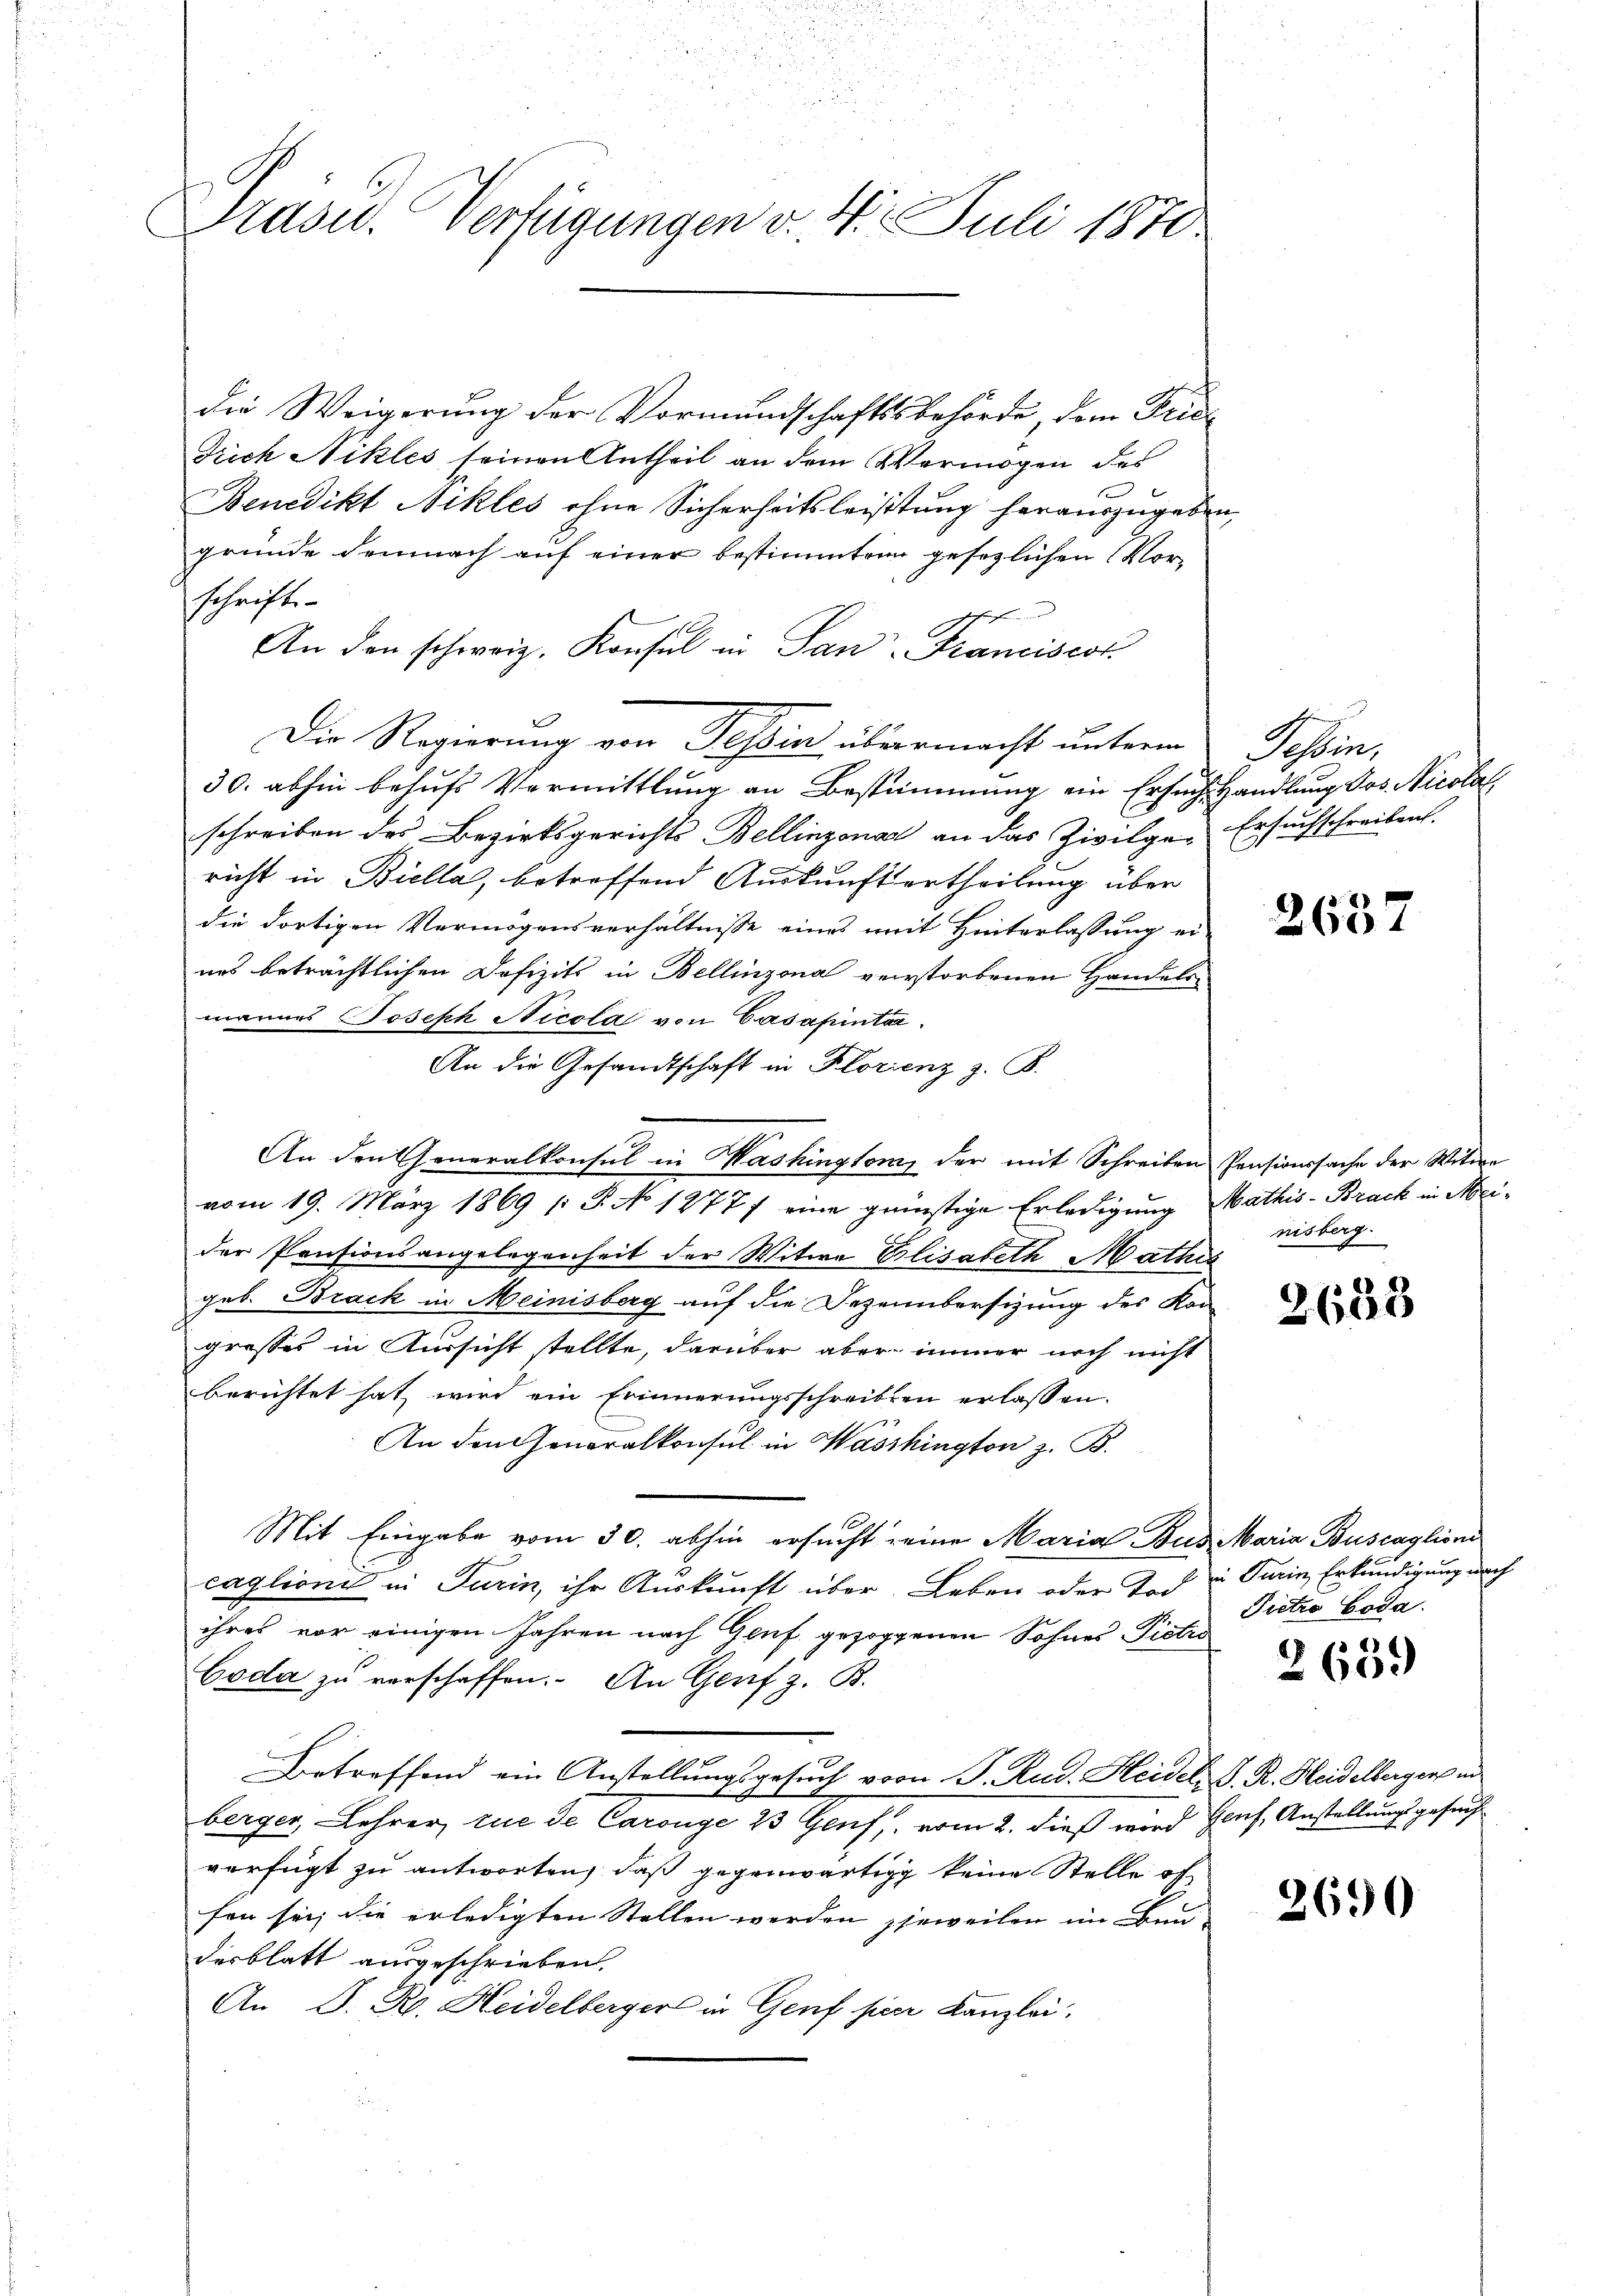
asu. Verfügungen v. 4. Juli 1870

die Weigerung der Vormundschaftsbehörde, dem Frida
Trich Nikles seinen Antheil an dem Vermögen des
Benedikt Nikles ohne Sicherheitsleistung herauszugeben,
gründe demnach auf einer bestimmten gesezlichen Vorschrift
f
An den schweiz. Konsul in San-Kranciscot
Die Regierung von Tessin übermacht unterm Tessin,
30. abhin behufs Vermittlung an Bestimmung ein Ersuch Handlung Jos. Nicolal
schreiben des Bezirksgerichts Bellinzona an das Zivilge-Ersuchschreiben.
richt in Biella, betreffend Auskunft ertheilung über
die dortigen Vermögensverhältnisse eines mit Hinterlassung ei-
nes beträchtlichen Defizits in Bellinzona verstorbenen Handelsmannes Joseph Nicola von Gasapinta
An die Gesandtschaft in Florienz z. B.
An den Generalkonsul in Washington, der mit Schreiben Pensionssache der Witwe
vom 19. März 1869 /: P. No 1277) eine günstige Erledigung Mathis-Brack in Meider Pensionsangelegenheit der Witwe Elisabeth Mathis
geb. Brack in Meinisberg auf die Dezembersizung des Kan
grosses in Aussicht stellte, darüber aber immer noch nicht
berichtet hat wird ein Erinnerungsschreiben erlassen.
An den eneralkonsul in Washington z. B.
Mit Eingabe vom 30. abhin ersucht eine Maria Bus Maria Buscaglione
caglioni in Turin, ihr Auskunft über Leben oder Tod u Turin Erkundigung nach
ihres vor einigen Jahren nach Gluf gezoggenen Sohnes Pietro
Coda zu verschaffen. An Genf z. B.
Betreffend ein Anstellungsgesuch von P. Rud. Heidel, S. R. Heidelberger in
berger, Lehrer tue de Carouge 23 Genf, vom 2. dieß wird Genf, Anstellungsgesucht
verfügt zu antworten, daß gegenwärtige keine Stelle of
fen sei, die erledigten Stellen werden jeweilen im Bau-
desblatt ausgeschrieben.
An D. R. Heidelberger in Genf sieer Kanzlei.

2657

nisberg.

2683

Pietro Goda.

2659

2690